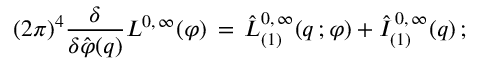
( 2 \pi ) ^ { 4 } \frac { \delta } { \delta \hat { \varphi } ( q ) } L ^ { 0 , \, \infty } ( \varphi ) \, = \, \hat { L } _ { ( 1 ) } ^ { 0 , \, \infty } ( q \, ; \varphi ) + \hat { I } _ { ( 1 ) } ^ { \, 0 , \, \infty } ( q ) \, ;